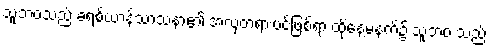
သူ့ဘဝသည် ခရစ်ယာန်သာသနာ၏ အလှတရားပင်ဖြစ်ရာ ထိုနေ့မနက်၌ သူ့ဘဝ သည်